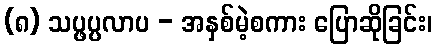
(၈) သပ္ဖပ္ပလာပ - အနှစ်မဲ့စကား ပြောဆိုခြင်း၊